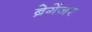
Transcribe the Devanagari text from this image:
ब्रेगेंजर